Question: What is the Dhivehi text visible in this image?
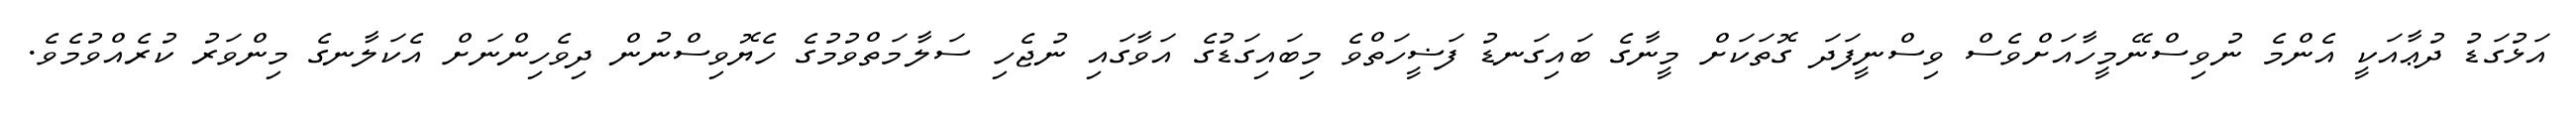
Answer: އަޅުގަޑު ދުޢާއަކީ އެންމެ ނުވިސްނޭމީހާއަށްވެސް ވިސްނީފަދަ ގޮތަކަށް މީނާގެ ބައިގަނޑު ފަޟީހަތްވެ މިބައިގަޑުގެ އަވާގައި ނުޖެހި ސަލާމަތްވުމުގެ ހެޔޮވިސްނުން ދިވެހިންނަށް އެކަލާނގެ މިންވަރު ކުރެއްވުމެވެ.